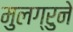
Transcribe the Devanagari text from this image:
मुलग्रुने